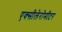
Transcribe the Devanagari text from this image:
एक्सीलेरोमीटर